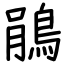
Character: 鵑